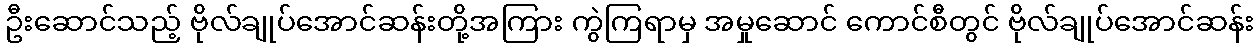
ဦးဆောင်သည့် ဗိုလ်ချုပ်အောင်ဆန်းတို့အကြား ကွဲကြရာမှ အမှုဆောင် ကောင်စီတွင် ဗိုလ်ချုပ်အောင်ဆန်း